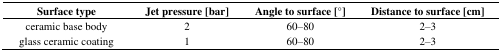
<table><thead><tr><td><b>Surface type</b></td><td><b>Jet pressure [bar]</b></td><td><b>Angle to surface [°]</b></td><td><b>Distance to surface [cm]</b></td></tr></thead><tbody><tr><td>ceramic base body</td><td>2</td><td>60–80</td><td>2–3</td></tr><tr><td>glass ceramic coating</td><td>1</td><td>60–80</td><td>2–3</td></tr></tbody></table>